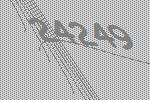
24249